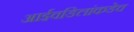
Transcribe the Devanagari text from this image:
आईवडिलांकडेच